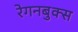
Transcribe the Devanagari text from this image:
रेगनबुक्स